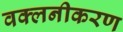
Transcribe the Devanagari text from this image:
वक्लनीकरण